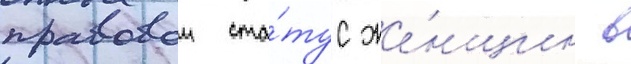
правовои ста́тус же́нщин в